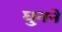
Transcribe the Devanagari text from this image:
घुनने